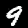
Label: 9